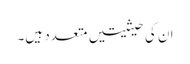
ان کی حیثیتیں متعدد ہیں۔